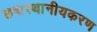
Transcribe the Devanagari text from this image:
छद्मस्थानीयकरण